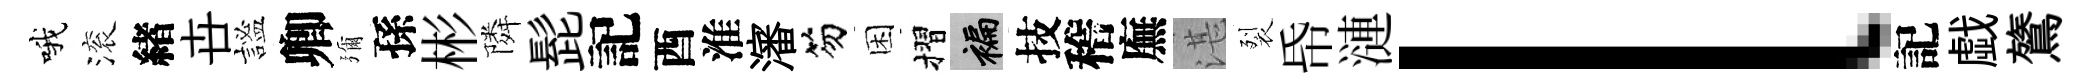
哦滚緖卋謐卿彌孫彬隣髭記酉淮瀋笏困摺褊技稽廡湛裂帋漣l記戯鷟